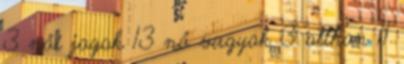
3 női jogok 13 nő vagyok 3 otthon 11